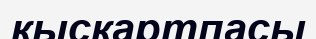
қысқартпасы